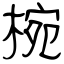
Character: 椀